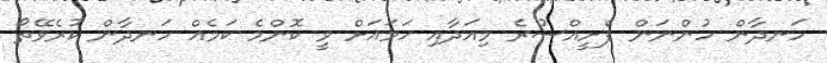
ހަނދާން ހުންނަން ފެށީއްސުރެ މިއަދާއި ހަމައަށް ވީ ކޮންމެ ކަމެއް ހަނދާން ކުރެވޭތޯ